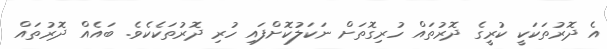
އެ ދޮރުތަކަކީ ކުރީގެ ދޮރުތައް ހުރިގޮތަށް ނަކަލުކޮށްފައި ހުރި ދޮރުތަކެކެވެ. ބައެއް ދޮރުތައް